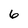
Character: 6